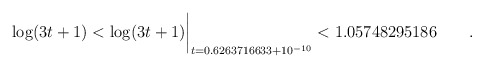
\begin{align*}\log(3t+1) < \log(3t+1)\biggr\rvert_{t=0.6263716633 + 10^{-10}}< 1.05748295186\quad \quad. \end{align*}